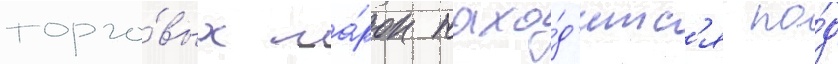
торго́вых ма́рок нахо́д'итс'я по́д